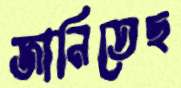
জানিতেছ